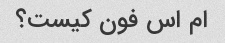
ام اس فون کیست؟